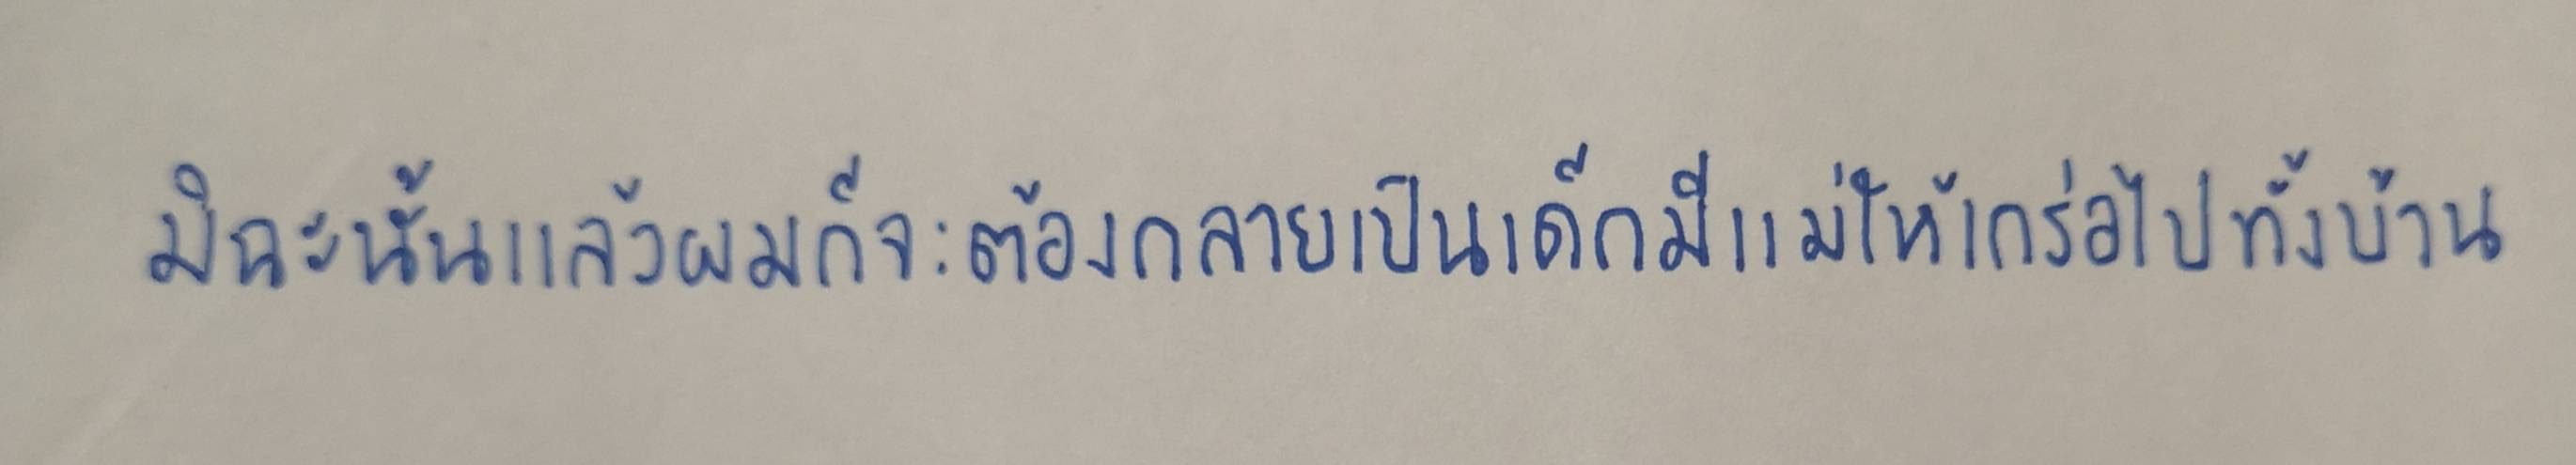
มิฉะนั้นแล้วผมก็จะต้องกลายเป็นเด็กมีแม่ให้เกร่อไปทั้งบ้าน